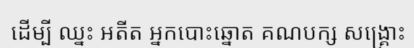
ដើម្បី ឈ្នះ អតីត អ្នកបោះឆ្នោត គណបក្ស សង្គ្រោះ